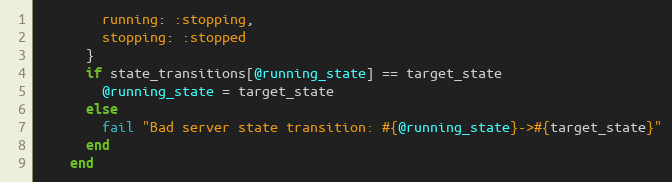
Language: Ruby
        running: :stopping,
        stopping: :stopped
      }
      if state_transitions[@running_state] == target_state
        @running_state = target_state
      else
        fail "Bad server state transition: #{@running_state}->#{target_state}"
      end
    end